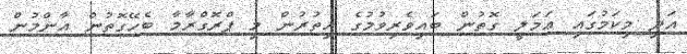
އަދި މިކަމުގައި ޢަމަލީ ގޮތުން ބައިވެރިވުމުގެ އިތުރުން މި ޕްރޮގްރާމާ ބެހޭގޮތުން އާންމުން